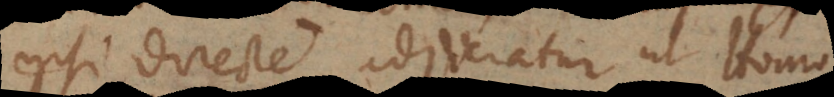
ipsi directe adjiciatur ut Homo